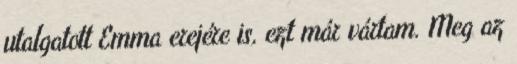
utalgatott Emma erejére is, ezt már vártam. Meg az